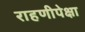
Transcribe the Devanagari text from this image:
राहणीपेक्षा